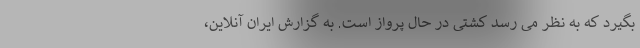
بگیرد که به نظر می رسد کشتی در حال پرواز است. به گزارش ایران آنلاین،